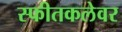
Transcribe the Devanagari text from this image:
स्फीतकलेवर